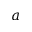
a